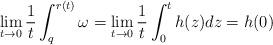
LaTeX: \begin{align*}\lim_{t\to0}\frac{1}{t} \int_{q}^{r(t)}\omega= \lim_{t\to 0}\frac{1}{t}\int_0^th(z)dz=h(0)\end{align*}